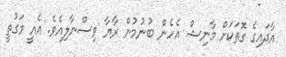
އާދައިގެ ގޮތަކަށް މާނިޝް އެހެން ބުނުމުން ރާޔާ ވިސްނާލިއެވެ. އެއީ ވަގުތީ